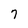
Character: 7